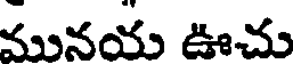
మునయ ఊచు